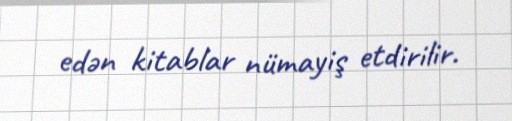
edən kitablar nümayiş etdirilir.